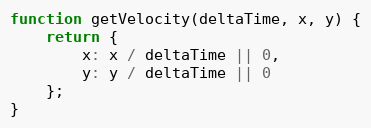
Language: JavaScript
function getVelocity(deltaTime, x, y) {
    return {
        x: x / deltaTime || 0,
        y: y / deltaTime || 0
    };
}